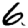
Digit: 6